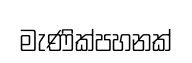
මැණික්පහනක්